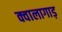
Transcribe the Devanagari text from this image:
क्वालागाड़